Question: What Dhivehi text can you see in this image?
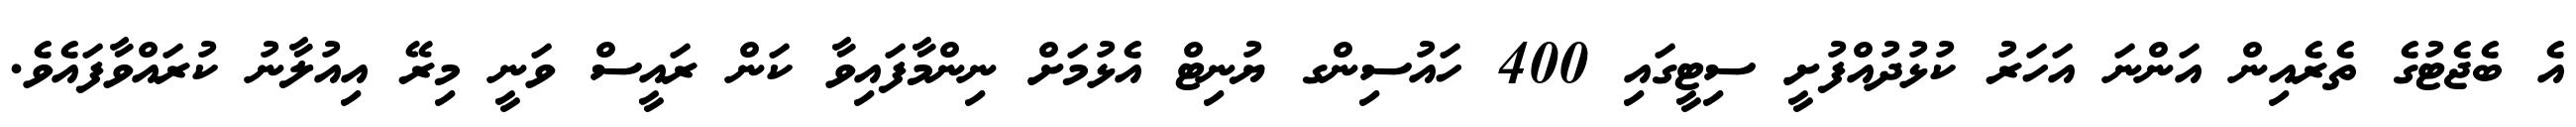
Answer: އެ ބެޖެޓުގެ ތެރެއިން އަންނަ އަހަރު ކުޅުދުއްފުށީ ސިޓީގައި 400 ހައުސިންގ ޔުނިޓް އެޅުމަށް ނިންމާފައިވާ ކަން ރައީސް ވަނީ މިރޭ އިއުލާނު ކުރައްވާފައެވެ.